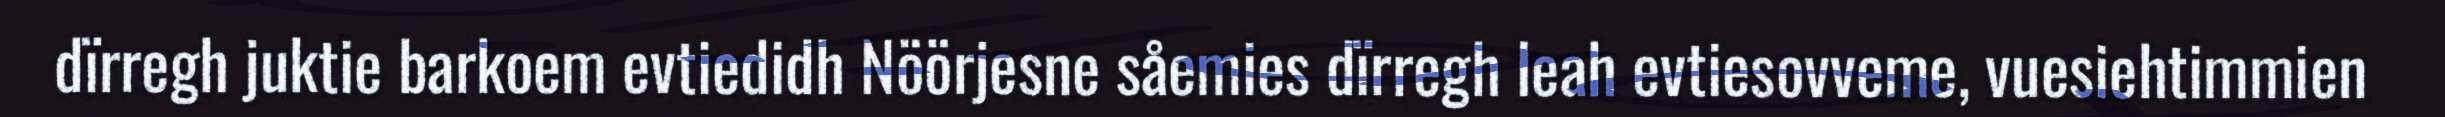
dïrregh juktie barkoem evtiedidh Nöörjesne såemies dïrregh leah evtiesovveme, vuesiehtimmien